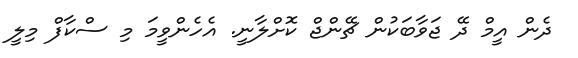
ދެން އީމް ދޭ ޖަވާބަކުން ޗޭންޖް ކޮށްލާނީ. އެހެންވީމަ މި ސްކާފް މިލީ